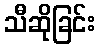
သီဆိုခြင်း